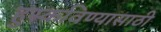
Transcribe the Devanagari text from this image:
हुस्कविण्यासाठी